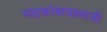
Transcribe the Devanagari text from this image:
माइक्रोबायालाजी